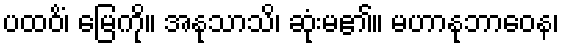
ပထဝိံ၊ မြေကို။ အနုသာသိ၊ ဆုံးမ၏။ မဟာနုဘာဝေန၊